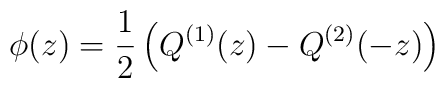
\phi (z)=\frac{1}{2}\left( Q^{(1)}(z)-Q^{(2)}(-z)\right)